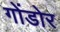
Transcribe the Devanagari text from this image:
गोंडोर